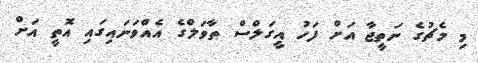
މި މެޗުގެ ނަތީޖާ އަށް ފަހު އީގަލްސް ތާވަލްގެ އެއްވަަނައިގައި އޮތީ އަށް